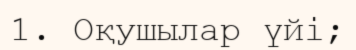
1. Оқушылар үйі;